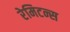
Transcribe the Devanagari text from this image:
रेमिटन्स